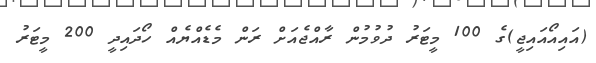
(އައިއޯއައިޖީ)ގެ 100 މީޓަރު ދުވުމުން ރާއްޖެއަށް ރަން މެޑެއްޔެއް ހޯދައިދީ 200 މީޓަރު